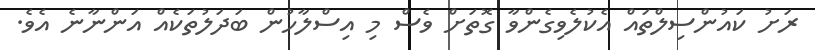
ރަށު ކައުންސިލްތައް އެކުލެވިގެންވާ ގޮތަށް ވެސް މި އިސްލާހުން ބަދަލުތަކެއް އަންނާނެ އެވެ.